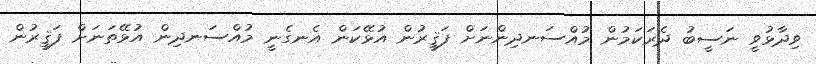
ވިދާޅުވީ ނަސީބު ދެރަކަމުން މުއްސަނދިންނަށް ފަޤީރުން އުޅޭކަން އެނގެނީ މުއްސަނދިން އުޅޭތަނަށް ފަޤީރުން